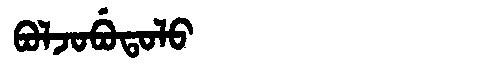
Manchu: ᠪᠣᠯᠵᠣᠪᡠᡨᠣᠯᠣ
Romanization: BOLJOBUTOLO